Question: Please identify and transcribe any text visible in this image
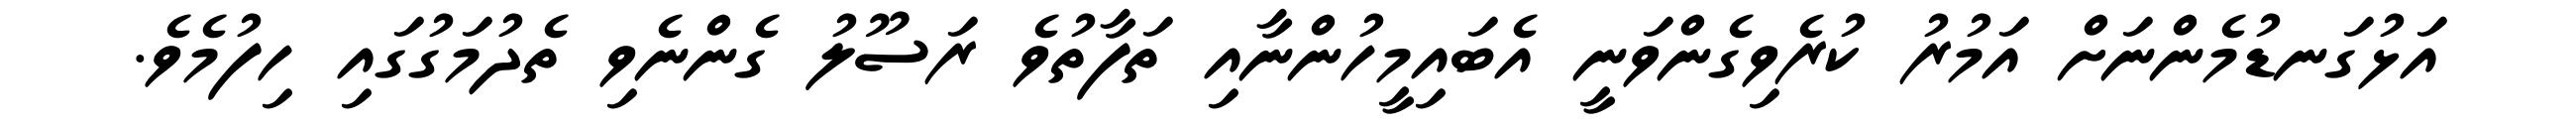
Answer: އަޅުގަނޑުމެންނަށް އަމުރު ކުރެވިގެންވަނީ އެބައިމީހުންނާއި ތަފާތުވެ ރަސޫލު ގެންނެވި ތެދުމަގުގައި ހިފުމެވެ.